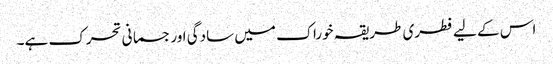
اس کے لیے فطری طریقہ خوراک میں سادگی اور جسمانی تحرک ہے۔